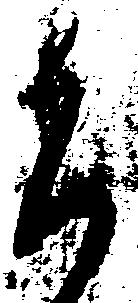
そ